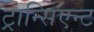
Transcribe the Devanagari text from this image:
ट्रान्सिएन्ट